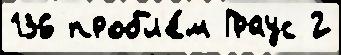
136 пробл'е́м Граус 2